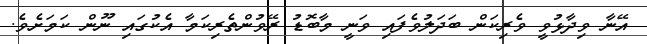
އޭނާ ވިދާޅުވީ ވެރިކަން ބަދަލުވެފައި ވަނީ މާބޮޑު ރޭވުންތެރިކަމާ އެކުގައި ނޫން ކަމަށެވެ.